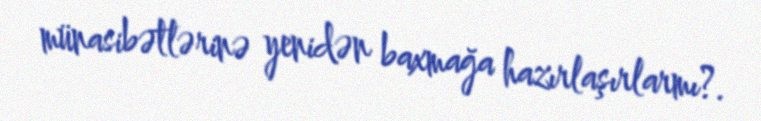
münasibətlərinə yenidən baxmağa hazırlaşırlarmı?.